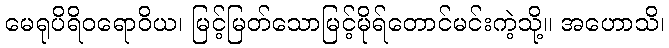
မေရုပိရိဝရောဝိယ၊ မြင့်မြတ်သောမြင့်မိုရ်တောင်မင်းကဲ့သို့။ အဟောသိ၊